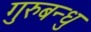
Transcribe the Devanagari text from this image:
गुरुबन्‍धु